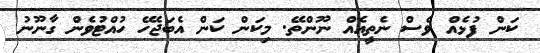
ކަން ފުޅެއް ވެސް ނެތީއެއް ނޫންތޭ. މިކަން ކަން އެބަޖެހޭ ހުއްޓުވެން ގާނޫނު